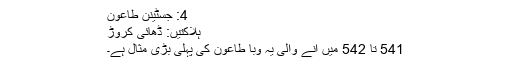
4: جسٹینن طاعون
ہلاکتیں: ڈھائی کروڑ
541 تا 542 میں آنے والی یہ وبا طاعون کی پہلی بڑی مثال ہے۔